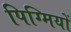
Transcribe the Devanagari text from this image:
पिग्मियों